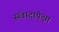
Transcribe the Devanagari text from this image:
संवादापेक्षा